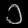
Digit: ၁